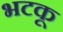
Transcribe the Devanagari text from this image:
भटकू